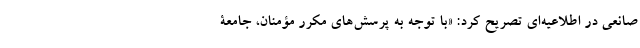
صانعی در اطلاعیه‌ای تصریح کرد: «با توجه به پرسش‌های مکرر مؤمنان، جامعۀ